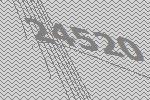
24520